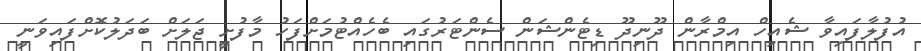
އުފުލާފައިވާ ޝެއިހް އިމްރާން ދޫނިދޫ ޑިޓެންޝަން ސެންޓަރުގައި ބެހެއްޓުމަށްފަހު މާފުށީ ޖަލަށް ބަދަލުކޮށްފައިވަނީ